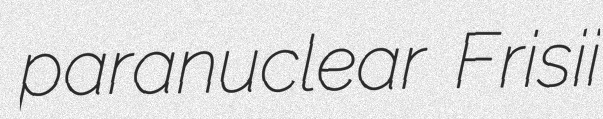
paranuclear Frisii